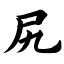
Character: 尻